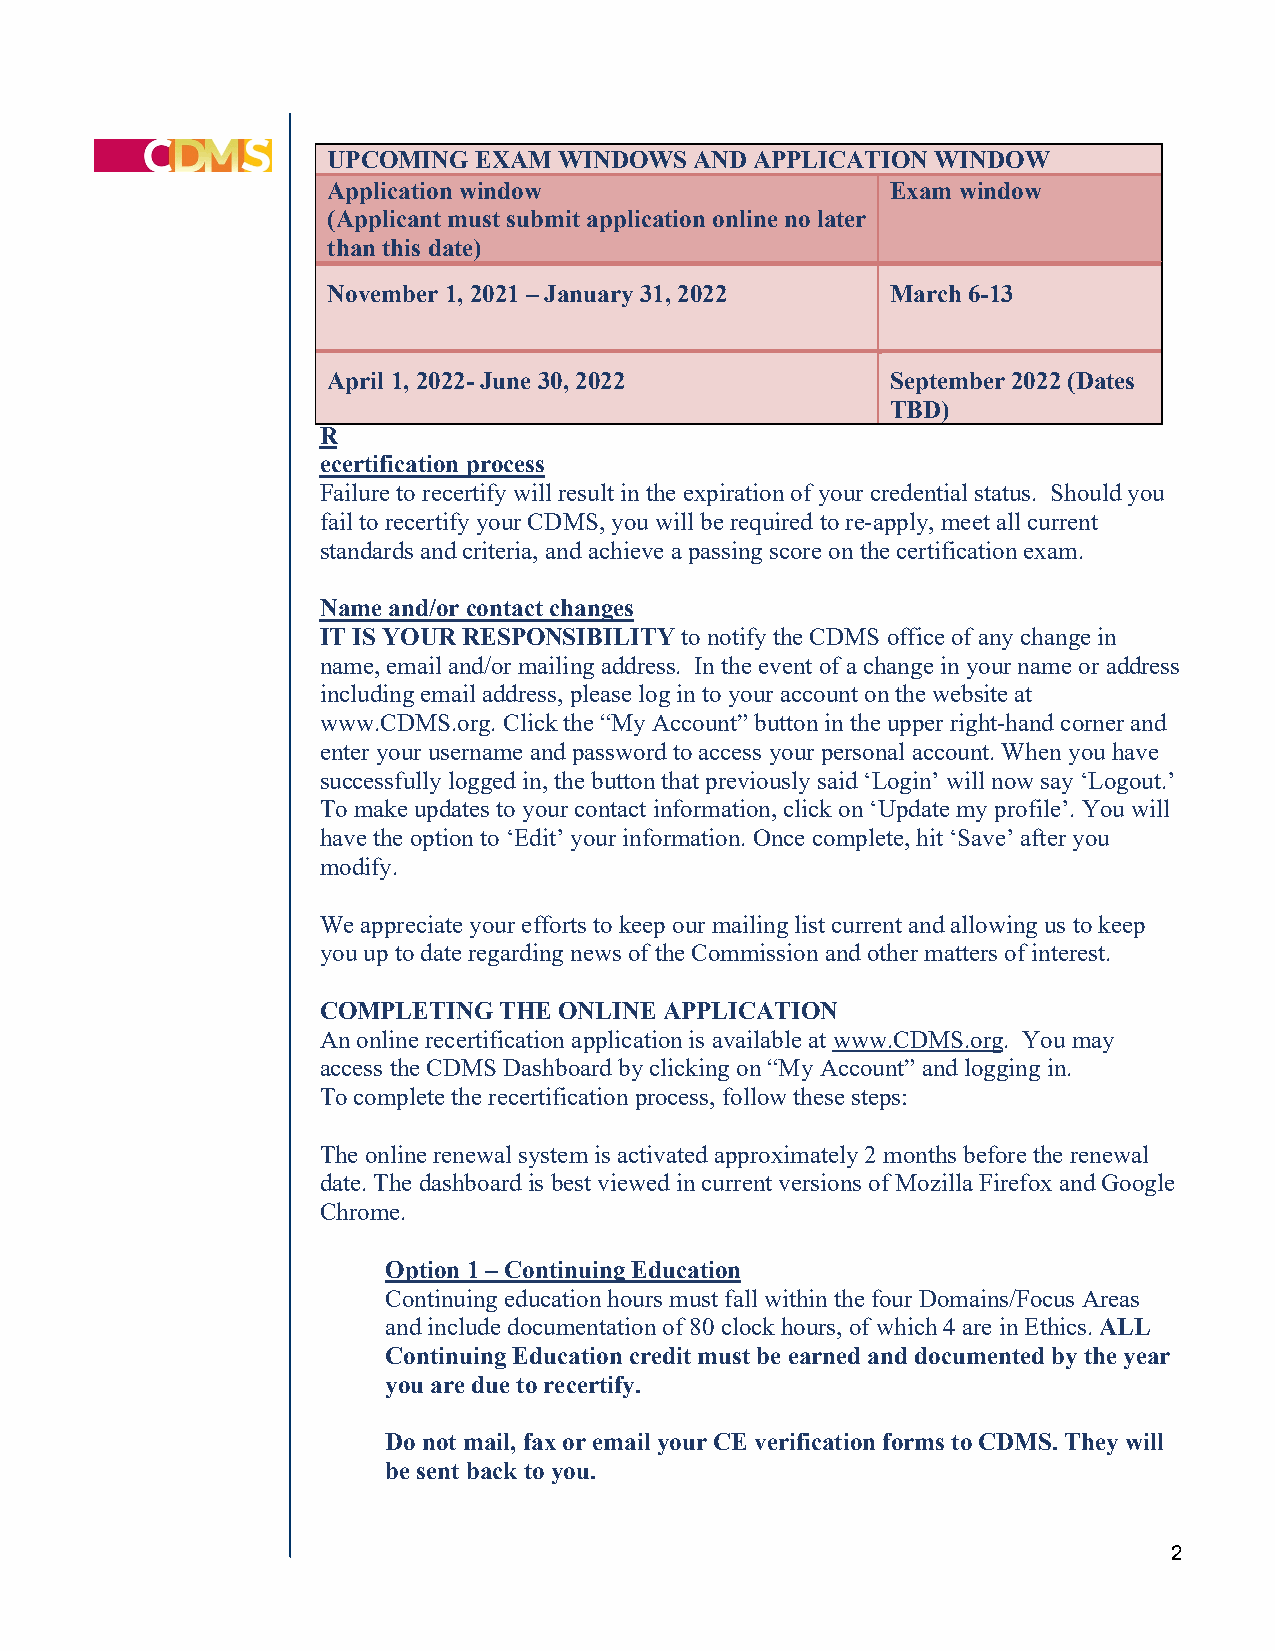
UPCOMING EXAM  WINDOWS  AND APPLICATION WINDOW
 R
 Application window                   Exam window
 e
 (Applicant must submit application online no later
 c
 than this date)
 e
 rNovember 1, 2021 – January 31, 2022  March 6-13
 t
 R
 RApril 1, 2022- June 30, 2022         September 2022 (Dates
 e                                     TBD)
 R
 ecertification process
 Failure to recertify will result in the expiration of your credential status. Should you
 fail to recertify your CDMS, you will be required to re-apply, meet all current
 standards and criteria, and achieve a passing score on the certification exam.
 Name and/or contact changes
 IT IS YOUR RESPONSIBILITY to notify the CDMS office of any change in
 name, email and/or mailing address. In the event of a change in your name or address
 including email address, please log in to your account on the website at
 www.CDMS.org. Click the “My Account” button in the upper right-hand corner and
 enter your username and password to access your personal account. When you have
 successfully logged in, the button that previously said ‘Login’ will now say ‘Logout.’
 To make updates to your contact information, click on ‘Update my profile’. You will
 have the option to ‘Edit’ your information. Once complete, hit ‘Save’ after you
 modify.
 We appreciate your efforts to keep our mailing list current and allowing us to keep
 you up to date regarding news of the Commission and other matters of interest.
 COMPLETING  THE ONLINE APPLICATION
 An online recertification application is available at www.CDMS.org. You may
 access the CDMS Dashboard by clicking on “My Account” and logging in.
 To complete the recertification process, follow these steps:
 The online renewal system is activated approximately 2 months before the renewal
 date. The dashboard is best viewed in current versions of Mozilla Firefox and Google
 Chrome.
 Option 1 – Continuing Education
 Continuing education hours must fall within the four Domains/Focus Areas
 and include documentation of 80 clock hours, of which 4 are in Ethics. ALL
 Continuing Education credit must be earned and documented by the year
 you are due to recertify.
 Do not mail, fax or email your CE verification forms to CDMS. They will
 be sent back to you.
 2